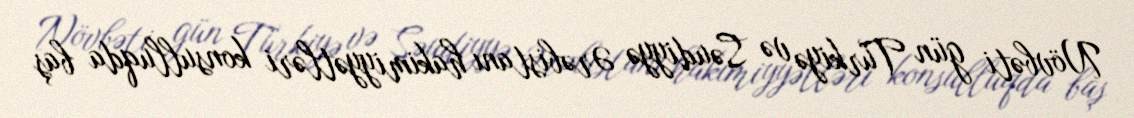
Növbəti gün Türkiyə və Səudiyyə Ərəbistanı hakimiyyətləri konsulluqda baş